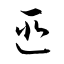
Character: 匪